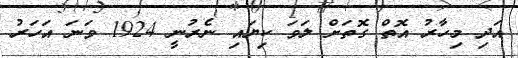
އަދި މިހާރު އޮތް ގޮތަށް ލަވަ ކިޔައި ނެރުނީ 1924 ވަނަ އަހަރު